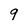
Character: 9